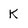
Character: K